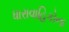
ધારાવાહિકોના